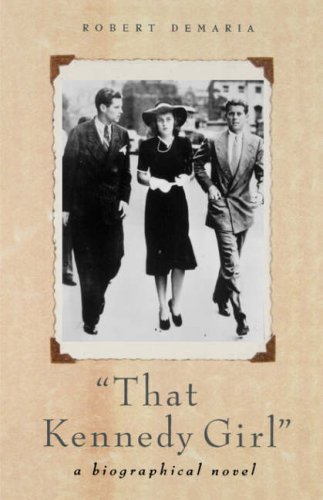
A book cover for That Kennedy Girl; Robert Jr. DeMaria; Literature & Fiction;